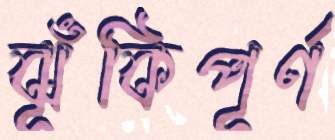
ঝূঁকিপূর্ণ